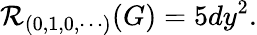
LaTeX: {\cal R}_{(0,1,0,\cdots)}(G)=5dy^{2}.